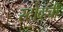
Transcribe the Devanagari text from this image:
स्टोव्हची